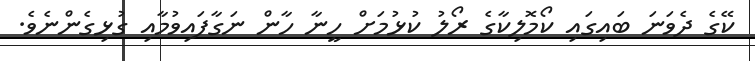
ކޭގެ ދެވަނަ ބައިގައި ކޯމޮލިކާގެ ރޯލު ކުޅުމަށް ހީނާ ހާން ނަގާފައިވުމާއި ގުޅިގެންނެވެ.